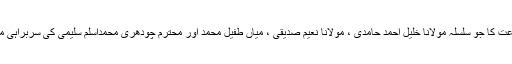
ادارہ معارف اسلامی منصورہ،لاہور نے دینی کتب کی اشاعت کا جو سلسلہ مولانا خلیل احمد حامدیؒ ، مولانا نعیم صدیقیؒ ، میاں طفیل محمدؒ اور محترم چودھری محمداسلم سلیمی کی سربراہی میں شروع کیا تھا وہ اللہ کے فضل سے جاری وساری ہے۔